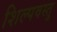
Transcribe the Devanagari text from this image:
शिल्पवस्तु